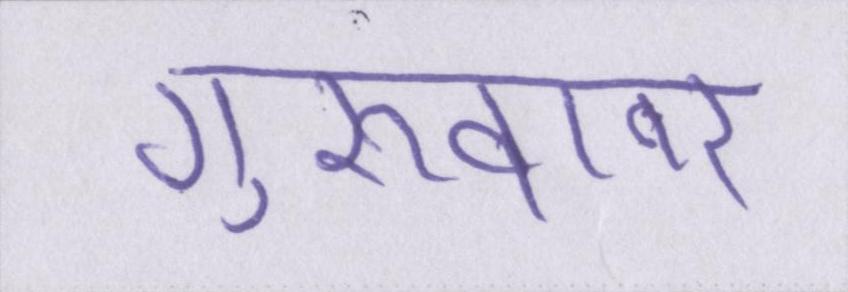
गुरूवार